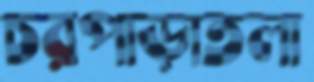
চরপাড়াতলা